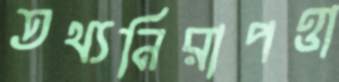
তথ্যনিরাপত্তা